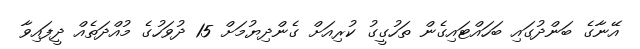
އޭނާގެ ބަންދުގައި ބަހައްޓައިގެން ތަހުގީގު ކުރިއަށް ގެންދިޔުމަށް 15 ދުވަހުގެ މުއްދަތެއް ދީފައިވާ